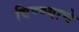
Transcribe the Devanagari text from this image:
विण्ण्याचे